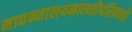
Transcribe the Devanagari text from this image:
माद्यन्मालयमालतीपरिमलो